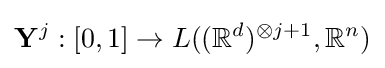
\mathbf {Y} ^{j}:[0,1]\rightarrow L((\mathbb {R} ^{d})^{\otimes j+1},\mathbb {R} ^{n})